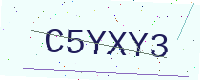
Text: C5YXY3